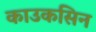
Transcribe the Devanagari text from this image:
काउकसिन